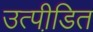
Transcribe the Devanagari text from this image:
उत्पीडि़त